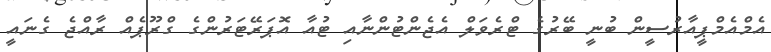
އެމްއެމްޕީއާރުސީން ބުނީ ބޭރުގެ ޓްރެވަލް އެޖެންޓުންނާއި ޓުއާ އޮޕަރޭޓަރުންގެ ގްރޫޕެއް ރާއްޖެ ގެނައީ